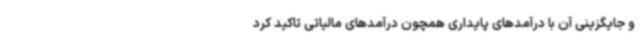
و جایگزینی آن با درآمدهای پایداری همچون درآمدهای مالیاتی تاکید کرد